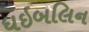
ધઇબલિન